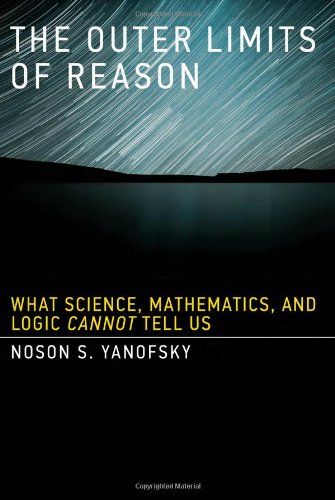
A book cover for The Outer Limits of Reason: What Science, Mathematics, and Logic Cannot Tell Us; Noson S. Yanofsky; Science & Math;